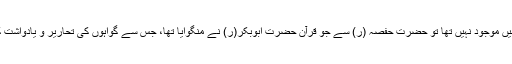
اگر ایسا تھا قرآن لکھی صورت میں موجود نہیں تھا تو حضرت حفصہ (ر) سے جو قرآن حضرت ابوبکر(ر)ٌ نے منگوایا تھا، جس سے گواہوں کی تحاریر و یادواشت کا موازنہ کیا گیا تھا ، وہ کیا تھا؟